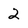
Character: 2